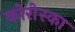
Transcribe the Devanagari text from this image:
कोरोस्का